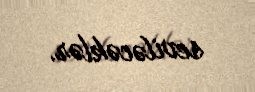
seviləcəklər.